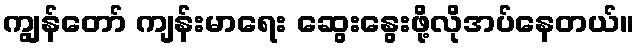
ကျွန်တော် ကျန်းမာရေး ဆွေးနွေးဖို့လိုအပ်နေတယ်။